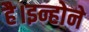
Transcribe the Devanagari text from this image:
है।इन्होने